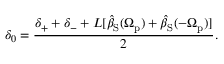
\delta _ { 0 } = \frac { \delta _ { + } + \delta _ { - } + L [ \hat { \beta } _ { \mathrm { S } } ( \Omega _ { \mathrm { p } } ) + \hat { \beta } _ { \mathrm { S } } ( - \Omega _ { \mathrm { p } } ) ] } { 2 } .